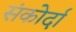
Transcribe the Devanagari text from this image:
संकोर्दा